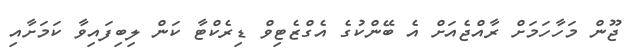
ޖޫން މަހާހަމަށް ރާއްޖެއަށް އެ ބޭންކުގެ އެގްޒެޓިވް ޑިރެކްޓާ ކަން ލިބިފައިވާ ކަމަށާއި